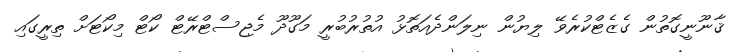
ޤާނޫނީގޮތުން ގެޒެޓްކުރެވޭ ލިޔުން ނިލަންދެއަތޮޅު އުތުރުބުރީ މަގޫދޫ މެޖިސްޓްރޭޓް ކޯޓް މިކޯޓަށް ތިރީގައި